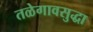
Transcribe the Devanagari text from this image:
तळेगावसुद्धा